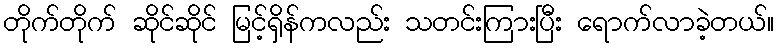
တိုက်တိုက် ဆိုင်ဆိုင် မြင့်ရှိန်ကလည်း သတင်းကြားပြီး ရောက်လာခဲ့တယ်။